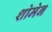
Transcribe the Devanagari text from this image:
शोमेन